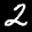
Label: 2